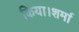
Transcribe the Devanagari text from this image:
किया।शर्मा